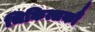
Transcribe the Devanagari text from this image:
चिकित्सकौं